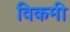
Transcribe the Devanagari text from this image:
विकमी